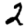
Digit: 2